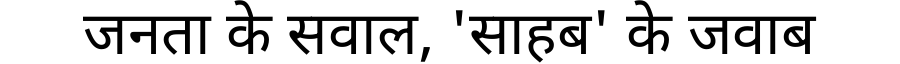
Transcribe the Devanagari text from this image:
जनता के सवाल, 'साहब' के जवाब